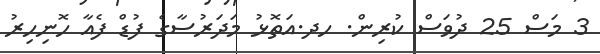
3 މަސް 25 ދުވަސް ކުރިން. ހދ.އަތޮޅު މަދަރުސާގެ ފުޑް ފެއާ ހޮނިހިރު